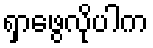
ရှာဖွေလိုပါက